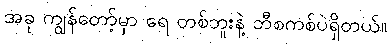
အခု ကျွန်တော့်မှာ ရေ တစ်ဘူးနဲ့ ဘီစကစ်ပဲရှိတယ်။